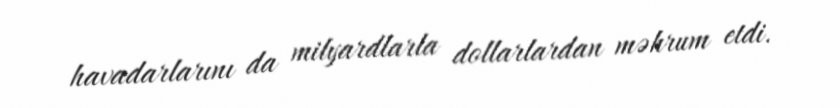
havadarlarını da milyardlarla dollarlardan məhrum etdi.